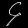
Digit: ၄